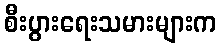
စီးပွားရေးသမားများက